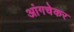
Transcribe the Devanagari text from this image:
आंगचेकर